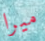
ميرا